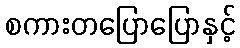
စကားတပြောပြောနှင့်